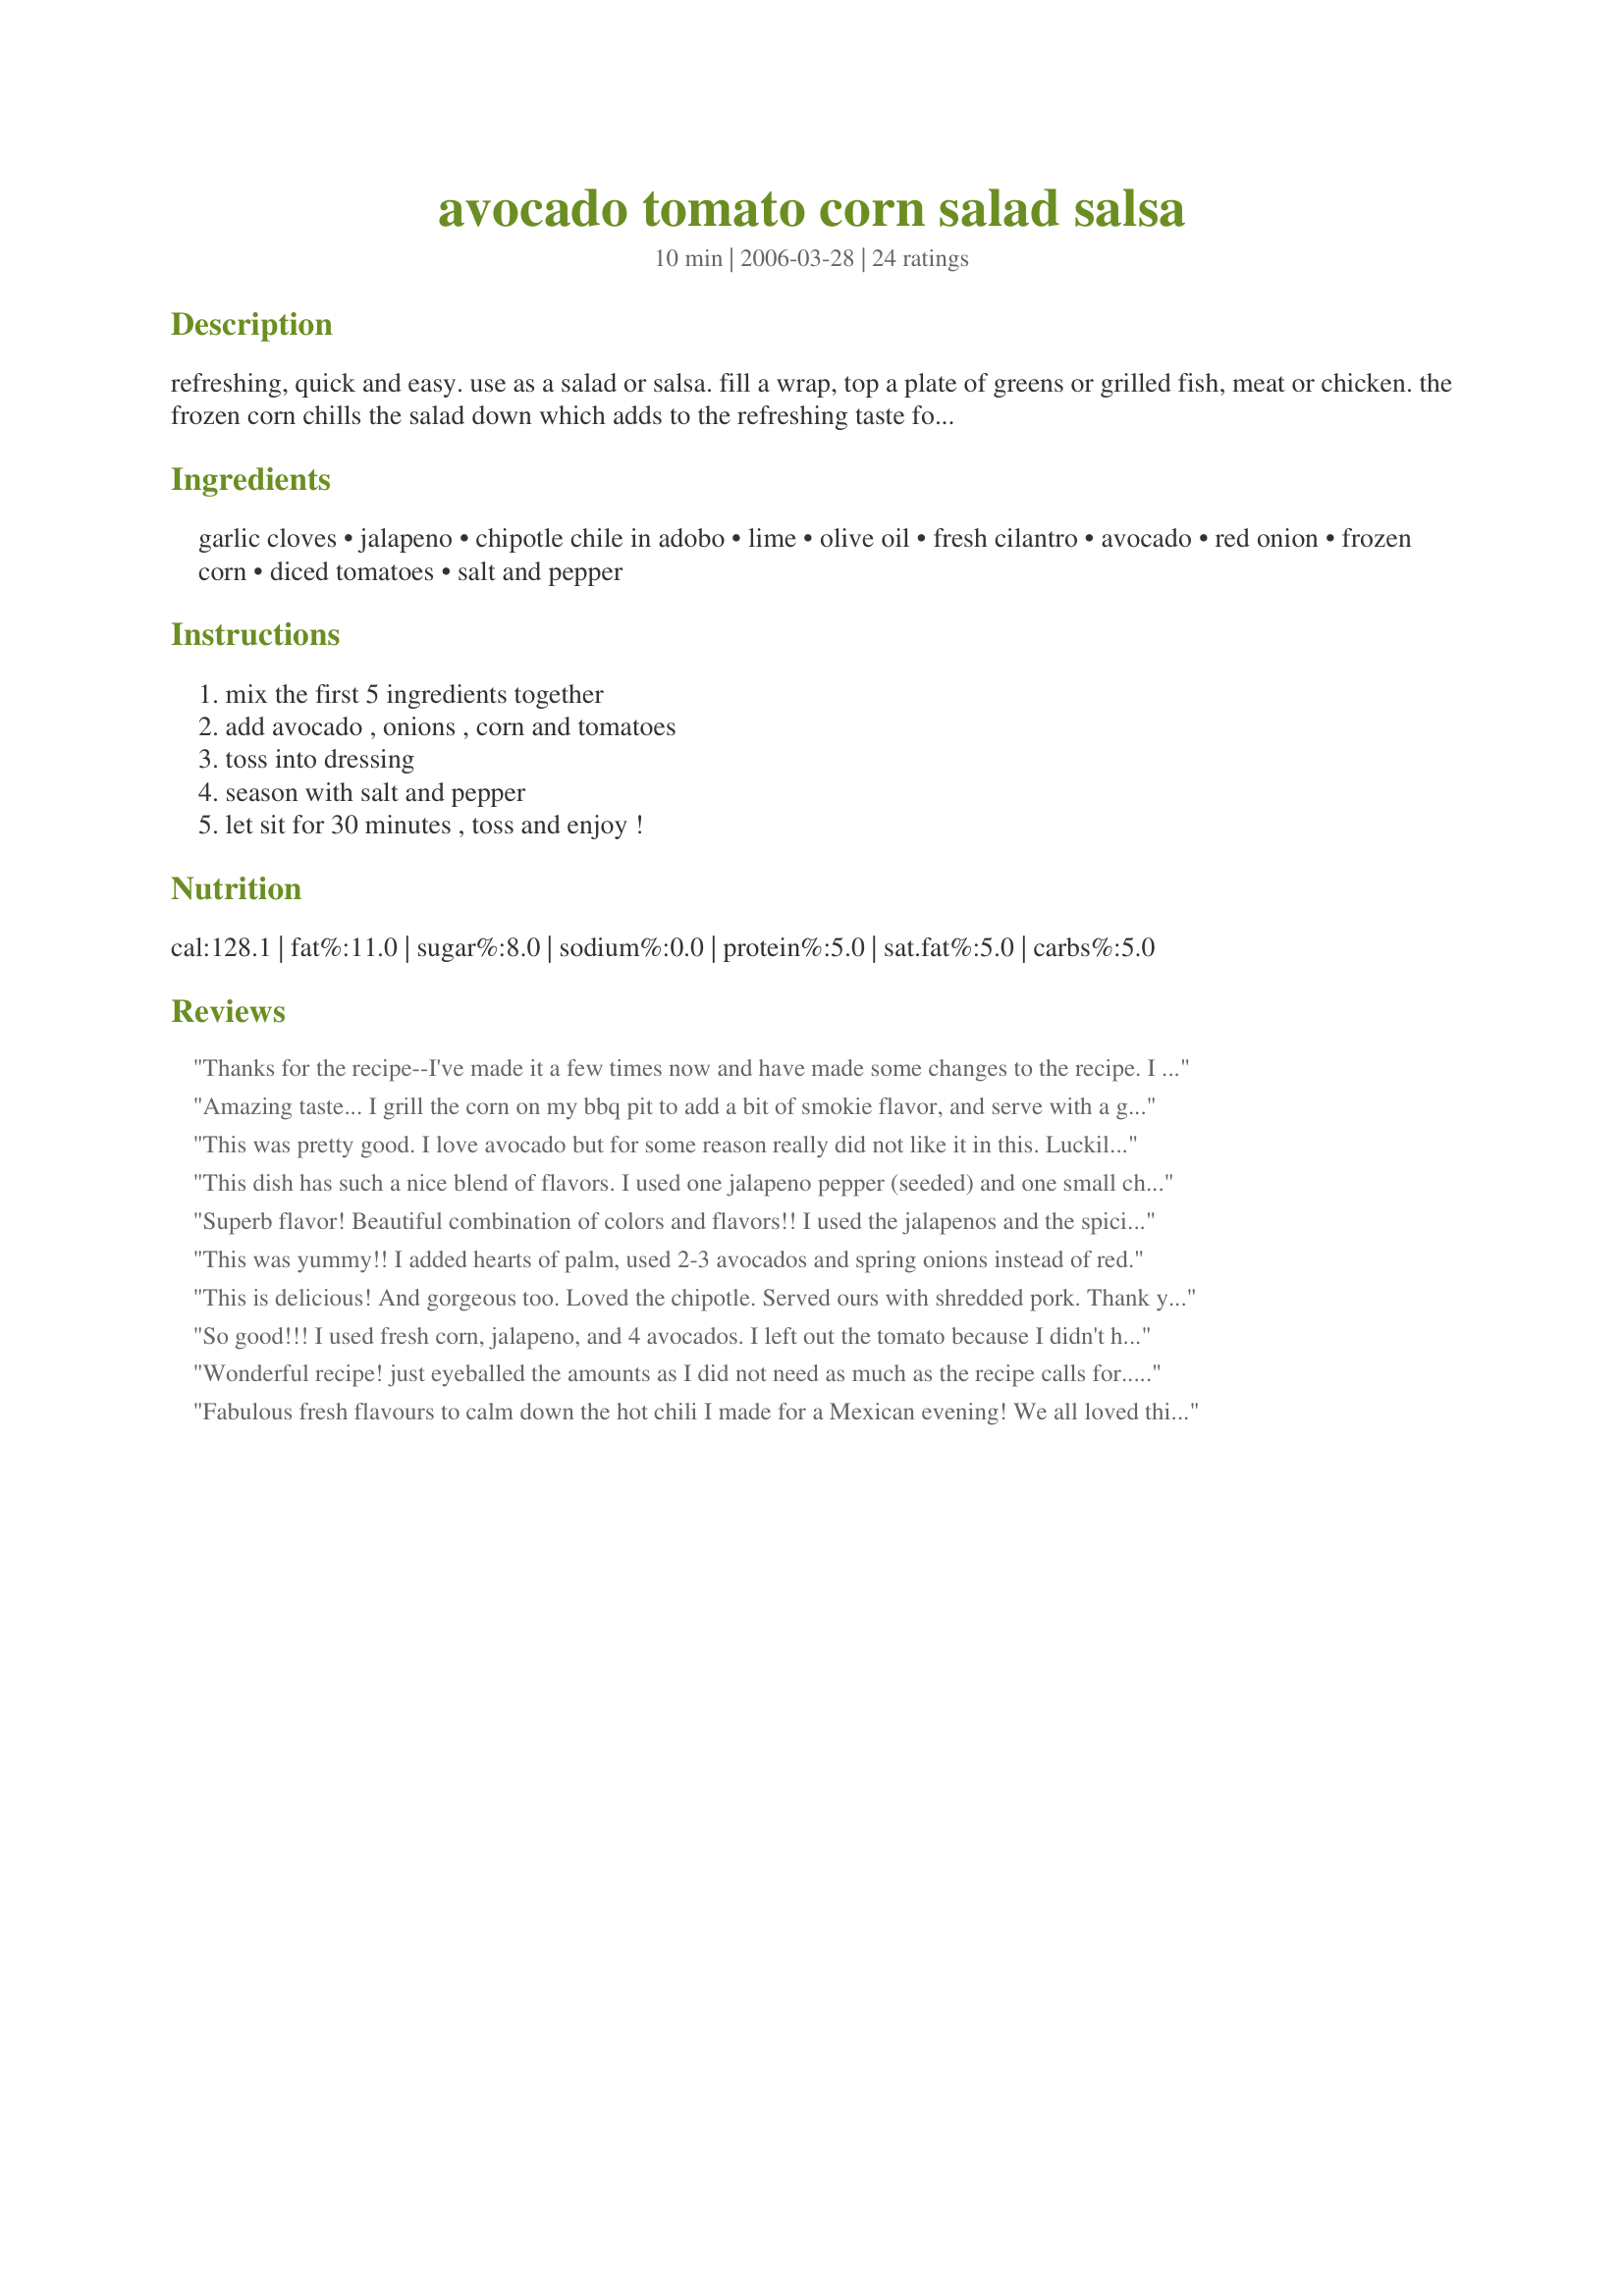
avocado tomato corn salad salsa
Preparation time: 10 minutes

refreshing, quick and easy. use as a salad or salsa. fill a wrap, top a plate of greens or grilled fish, meat or chicken. the frozen corn chills the salad down which adds to the refreshing taste for hot summer days! you can go mild or kick it up with a jalapeno or smokey chipotles! yes, parsley can be use in place of the cilantro.

Ingredients:
garlic cloves, jalapeno, chipotle chile in adobo, lime, olive oil, fresh cilantro, avocado, red onion, frozen corn, diced tomatoes, salt and pepper

Steps:
mix the first 5 ingredients together, add avocado , onions , corn and tomatoes, toss into dressing, season with salt and pepper, let sit for 30 minutes , toss and enjoy !

Reviews:
Thanks for the recipe--I've made it a few times now and have made some changes to the recipe. I put the lime juice, chipotle chile in adobo, garlic in a blender and add a splash of worstershire, red wine vinegar, about a tablespoon of honey or agave nectar and cayenne to taste (love it spicy) and toss the remaining ingredients minus the avocado and marinate an hour or so. I also add a chopped red bell pepper and use about a quarter to half cup of cilantro. I chop up two avocados right before serving. It is great as a side dish or on its own. I get rave reviews at picnics.
Amazing taste... I grill the corn on my bbq pit to add a bit of smokie flavor, and serve with a grilled ribeye. Its absolutely great by its self to as a salad on a bed of lettuce and broken corn chips.
This was pretty good. I love avocado but for some reason really did not like it in this. Luckily, I only put it in my portion since the rest of the family does not like avocado. We had this with tortilla chips along with pulled pork sandwiches and it was very refreshing. I made this for ZWT5 for the Cooks with Dirty Faces. Thanks for a great recipe.
This dish has such a nice blend of flavors. I used one jalapeno pepper (seeded) and one small chipotle chile. The heat was warm to me, but perfect for my son and husband. Thanks!
Superb flavor! Beautiful combination of colors and flavors!! I used the jalapenos and the spiciness was right on target for our taste. I served with blue corn tortilla chips for a beautiful presentation! Thanks so much for sharing your spectacular recipes with us, Rita!
This was yummy!! I added hearts of palm, used 2-3 avocados and spring onions instead of red.
This is delicious! And gorgeous too. Loved the chipotle. Served ours with shredded pork. Thank you Rita~ for sharing.
So good!!! I used fresh corn, jalapeno, and 4 avocados. I left out the tomato because I didn't have any. I added the juice from 2 lemons, a splash of red wine vinegar and left out the olive oil. I added some salt, pepper, and smoked paprika in place of the chipotle pepper. Yummy!!! Perfect summer recipe!
Wonderful recipe! just eyeballed the amounts as I did not need as much as the recipe calls for...did a shallot instead of an onion as that is what I had and no hot peppers because I don&#039;t really like the heat....cut back on cilantro....served it over Shrimp Paulista on a warm tortilla with sour cream...WOW - just as good as going out to the local Mexican restaurant
Fabulous fresh flavours to calm down the hot chili I made for a Mexican evening! We all loved this thanks Rita! Made for the Veggie recipe swap and a keeper. I used tinned corn, but other than that, this was made as posted. Merci. FT/Karen:-)
We served this with pork tenderloin - perfect!
Made for ZWT5
Mmmm goood! I used about 1/4 of a chipotle pepper, and a little extra cilantro. Loved the taste of lime. This was a healthy, yummy salad!
I was very pleased with how this recipe turned out, even though I did modify it. I used green onions and 2 tsp of mild chile powder as I don&#039;t like a lot of spice. Unfortunately I had no fresh tomatoes so I just used the corn and avocado. I also left out the oil. It was hard not to keep &quot;testing&quot; the salad as it chilled in the fridge for dinner! This was a new way for me to use avocados and I will certainly make this recipe again. Thanks for posting!
Spot on wonderful!
This is a wonderful, healthy salad with a nice blend of flavors. I used a seeded jalapeno and added a little bit more cilantro. This is going to definitely be eaten a lot this summer! Great recipe!
WOW this is delish! I did add in the chipotle (I love that stuff lol!) I used two small jalapenos, my family likes things really hot and canned corn niblets, I ran out of frozen corn. All the flavors in this salad blend together wonderful! thanks Rita!...Kitten:)
This is a great summer salad/salsa. The combo of flavors are delicious.Next time I might add some black beans.
I left out the oil because I didn't feel it was totally necessary for my daily fat intake, added some drained black beans because I LOVE 'em and they seemed to fit with the theme of the ingredients. OH, RITA! I ate six spoonfuls immediately upon mixing everything together. It is divine and I can not wait to attack the bowl with my Tostitos for lunch tomorrow! YAY!
This was a wonderful and refreshing salsa, and the avocado was a great addition. I wouldn't change anything about it, only to double it next time, to make it last longer in my house.
Rita, really great dish...this is my kind of eating in the hot summer. I am fixing it for a pool side party with grilled chicken, I add extra avacados, and more cilantro. I havn't tried the peppers as yet. My hubby doesn't like too spicy. I do tho..will be trying it that way soon. Thanks for sharing...Veggiegal
My fiancee loved this salsa and I thought it was good too.
Used all the listed ingredients except for the chili. Yummy recipe. Merci.
Super! I wrapped this in a whole wheat tortilla for a great vegan dinner. I used a small fresh jalapeno pepper and soaked the onions in water for a while to remove the raw taste for the sake of my BF. Then, I forgot to take the leftovers for lunch. Oh well, I&#039;ll just eat them the next day. I will definitely make this again!
Nice and light! Served over baked red snapper filets! Thanks!
